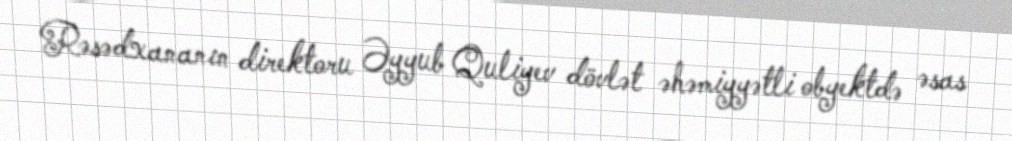
Rəsədxananın direktoru Əyyub Quliyev dövlət əhəmiyyətli obyektdə əsas